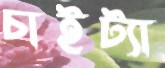
চাইট্যা